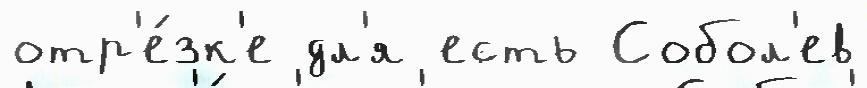
отр'е́зк'е дл'я есть Собол'ев